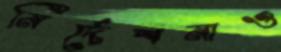
নির্দেশনাও